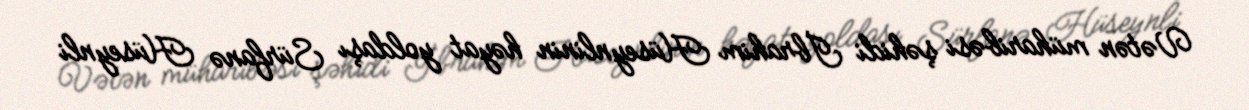
Vətən müharibəsi şəhidi İbrahim Hüseynlinin həyat yoldaşı Sürfanə Hüseynli